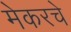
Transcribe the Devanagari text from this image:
मेकरचे